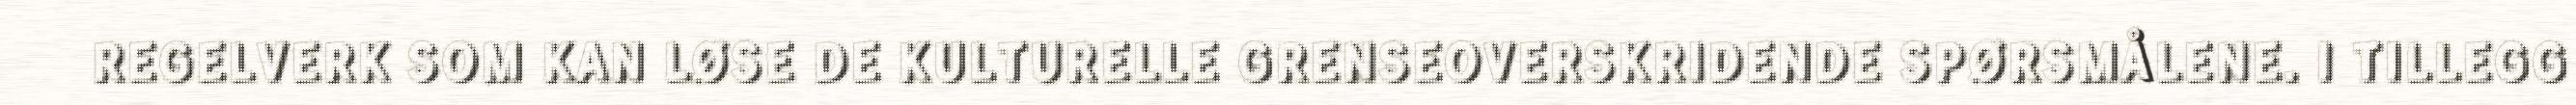
REGELVERK SOM KAN LØSE DE KULTURELLE GRENSEOVERSKRIDENDE SPØRSMÅLENE. I TILLEGG